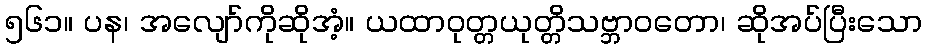
၅၆၁။ ပန၊ အလျော်ကိုဆိုအံ့။ ယထာဝုတ္တယုတ္တိသဗ္ဘာဝတော၊ ဆိုအပ်ပြီးသော